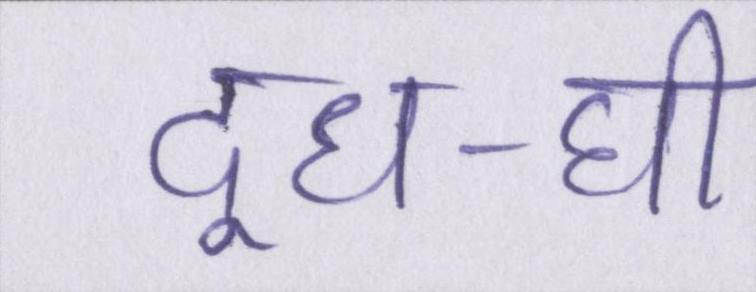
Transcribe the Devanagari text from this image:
दूध-घी